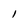
Character: 1